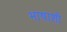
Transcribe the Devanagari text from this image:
भाषाशी